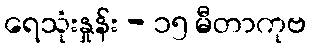
ရေသုံးနှုန်း - ၁၅ မီတာကုဗ